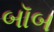
બૉબ